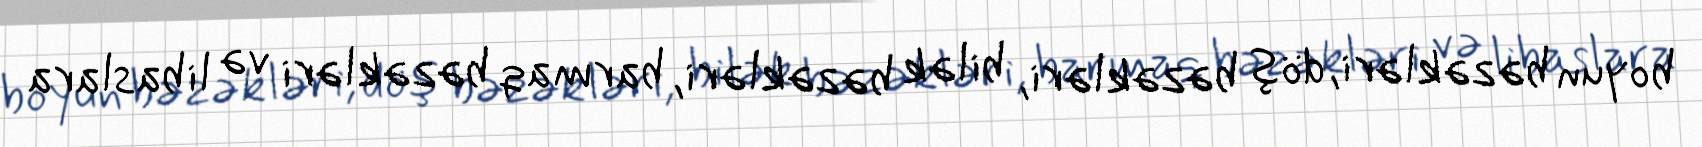
boyun bəzəkləri, döş bəzəkləri, bilək bəzəkləri, barmaq bəzəkləri və libaslara